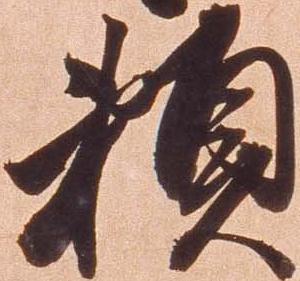
頼